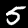
Digit: 5